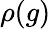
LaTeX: \rho(g)